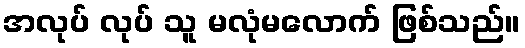
အလုပ် လုပ် သူ မလုံမလောက် ဖြစ်သည်။